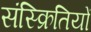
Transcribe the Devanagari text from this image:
संस्क्रितियों